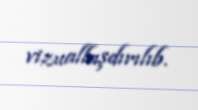
vizuallaşdırılıb.